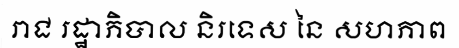
រាជ រដ្ឋាភិបាល និរទេស នៃ សហភាព